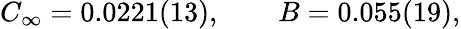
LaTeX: C_{\infty}=0.0221(13),\qquad B=0.055(19),